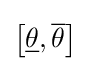
\left[{\underline {\theta }},{\overline {\theta }}\right]